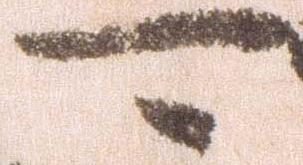
可